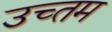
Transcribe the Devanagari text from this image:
उच्तम